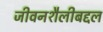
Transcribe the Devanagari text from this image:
जीवनशैलीबद्दल